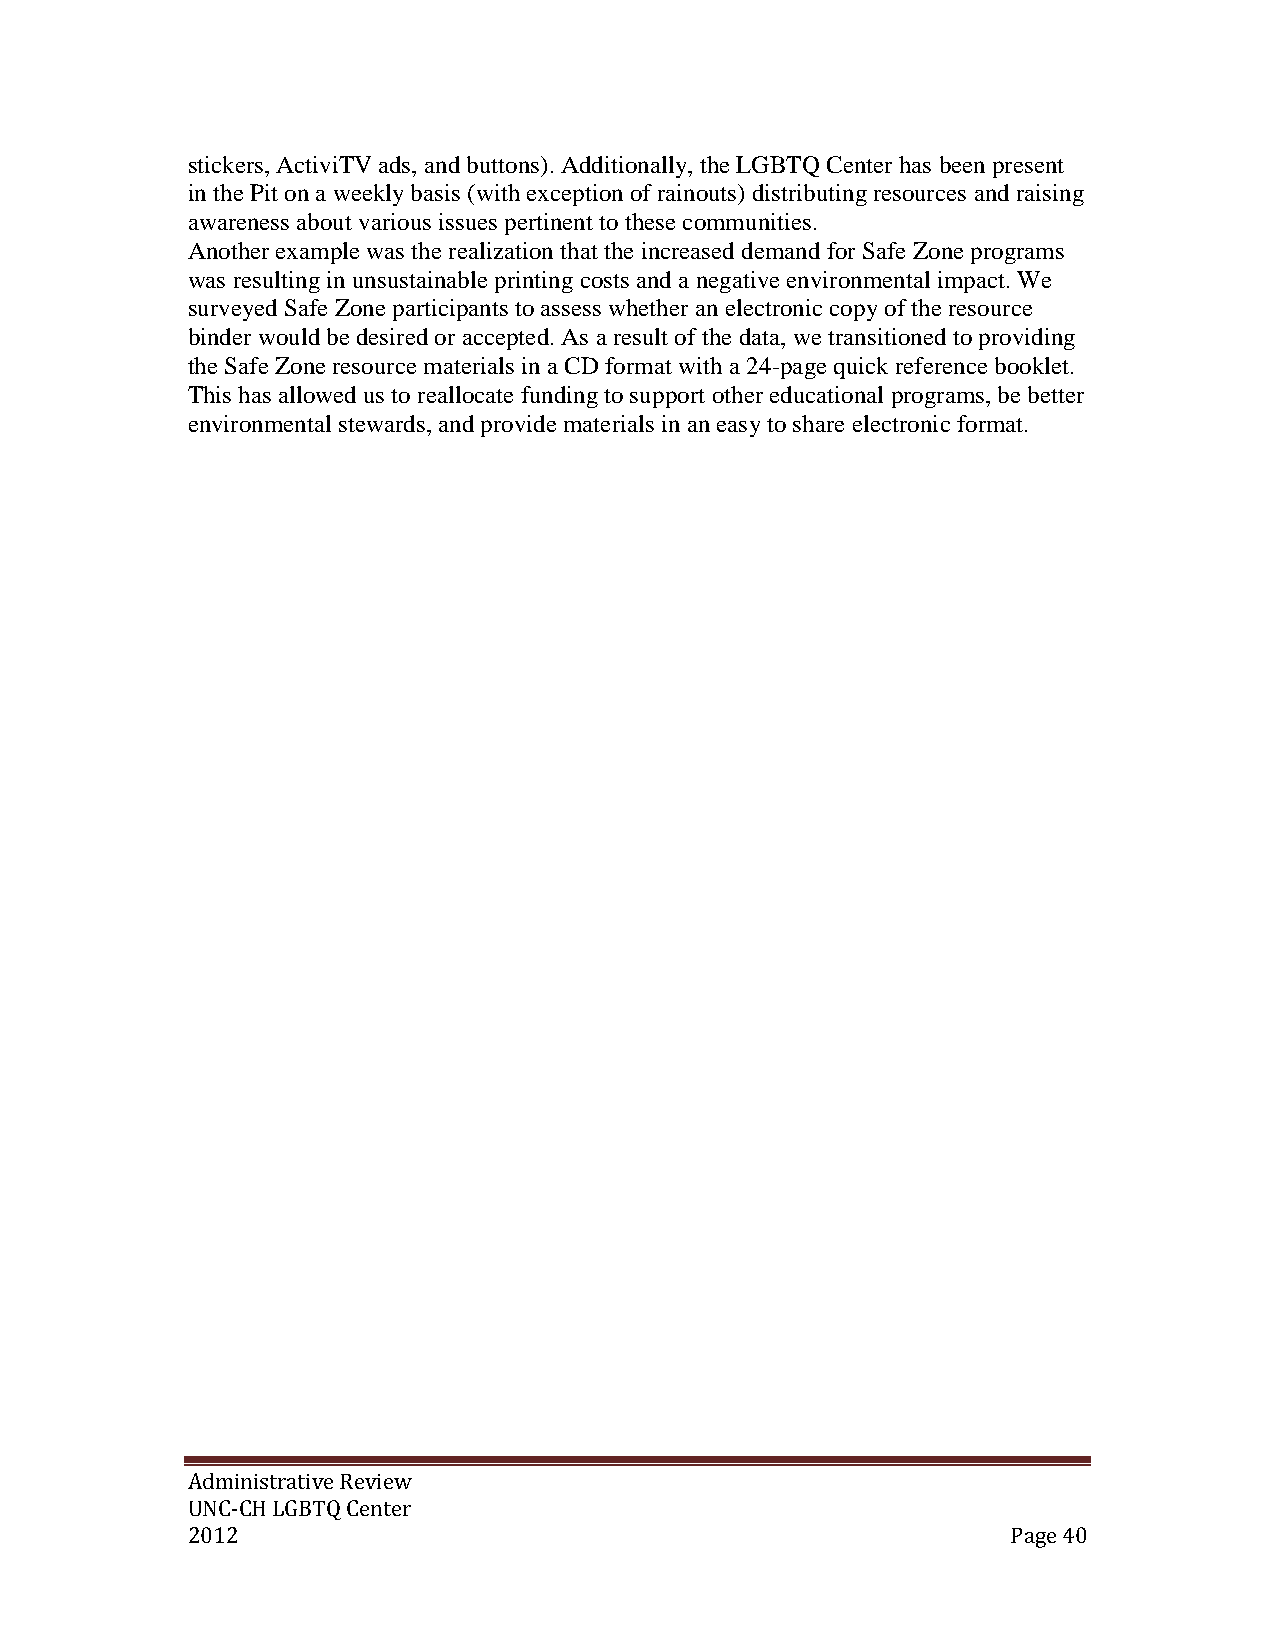
stickers, ActiviTV ads, and buttons). Additionally, the LGBTQ Center has been present
 in the Pit on a weekly basis (with exception of rainouts) distributing resources and raising
 awareness about various issues pertinent to these communities.
 Another example was the realization that the increased demand for Safe Zone programs
 was resulting in unsustainable printing costs and a negative environmental impact. We
 surveyed Safe Zone participants to assess whether an electronic copy of the resource
 binder would be desired or accepted. As a result of the data, we transitioned to providing
 the Safe Zone resource materials in a CD format with a 24-page quick reference booklet.
 This has allowed us to reallocate funding to support other educational programs, be better
 environmental stewards, and provide materials in an easy to share electronic format.
 Administrative Review
 UNC-CH LGBTQ Center
 2012                                                   Page 40